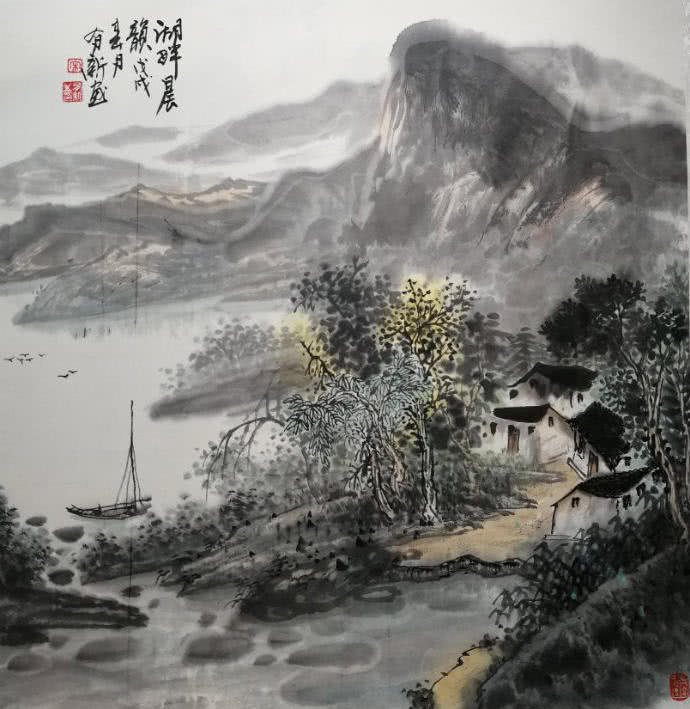
明朝甑复空，母子相持哭。